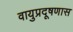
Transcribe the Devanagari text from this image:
वायुप्रदूषणास